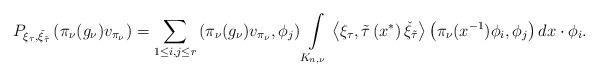
\begin{align*}P_{\xi_{\tau},\check{\xi}_{\tilde{\tau}}}\left(\pi_{\nu}(g_\nu)v_{\pi_{\nu}}\right)=\sum_{1\leq i,j\leq r}\left(\pi_{\nu}(g_\nu)v_{\pi_{\nu}} ,\phi_j\right)\int\limits_{K_{n,\nu}} \left<\xi_\tau,\tilde{\tau}\left(x^*\right)\check{\xi}_{\tilde{\tau}}\right>\left(\pi_{\nu}(x^{-1})\phi_{i},\phi_j\right)dx\cdot \phi_i.\end{align*}